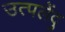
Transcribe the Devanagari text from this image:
उत्पलेंदु